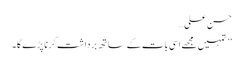
حسن علی…
’’ تمہیں مجھے اسی بات کے ساتھ برداشت کرنا پڑے گا۔